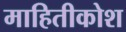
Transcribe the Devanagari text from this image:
माहितीकोश